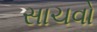
સાચવો